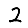
Digit: 2